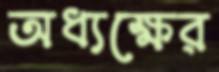
অধ্যক্ষের